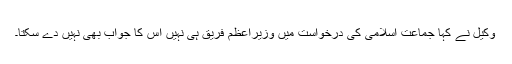
وکیل نے کہا جماعت اسلامی کی درخواست میں وزیراعظم فریق ہی نہیں اس کا جواب بھی نہیں دے سکتا۔